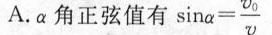
A.α角正弦值有 $$\sinα = \frac [ v _ { 0 } } { v } ]$$